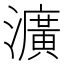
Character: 瀇